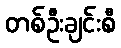
တစ်ဦးချင်းစီ